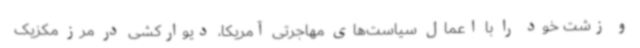
و زشت خود را با اعمال سیاست‌های مهاجرتی آمریکا، دیوارکشی در مرز مکزیک